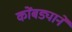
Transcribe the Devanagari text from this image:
कोंबड्याने